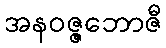
အနဝဇ္ဇဘောဇီ